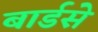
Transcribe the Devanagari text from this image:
बार्डसे